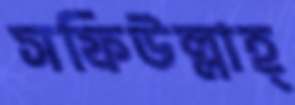
সফিউল্লাহ্